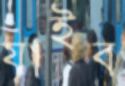
যাইব